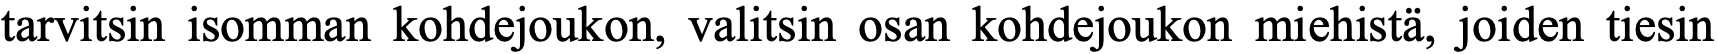
tarvitsin isomman kohdejoukon, valitsin osan kohdejoukon miehistä, joiden tiesin